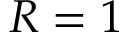
R = 1